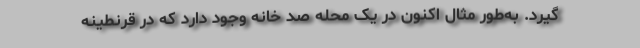
گیرد. به‌طور مثال اکنون در یک محله صد خانه وجود دارد که در قرنطینه